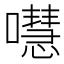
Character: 嚖